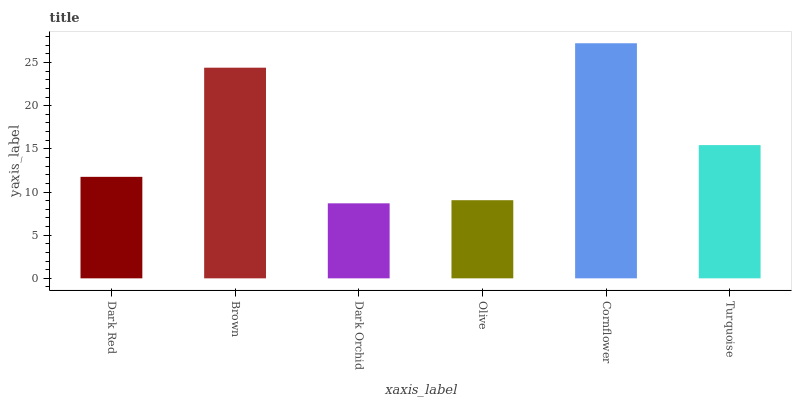
| xaxis_label | bars |
 | --- | --- |
 | Dark Red | 11.8 |
 | Brown | 24.4 |
 | Dark Orchid | 8.69 |
 | Olive | 9.05 |
 | Cornflower | 27.2 |
 | Turquoise | 15.4 |